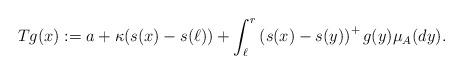
LaTeX: \begin{align*}Tg(x):=a+ \kappa (s(x)-s(\ell))+ \int_{\ell}^r\left(s(x)-s(y)\right)^+ g(y)\mu_A(dy).\end{align*}